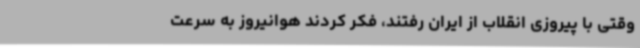
وقتی با پیروزی انقلاب از ایران رفتند، فکر کردند هوانیروز به سرعت